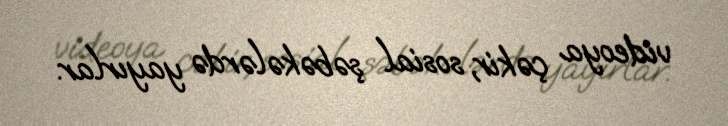
videoya çəkir, sosial şəbəkələrdə yayırlar.